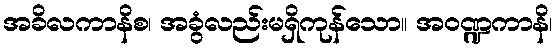
အခိလကာနိစ၊ အခွံလည်းမရှိကုန်သော။ အဝဏ္ဍကာနိ၊